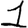
Digit: 1